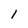
Character: 1